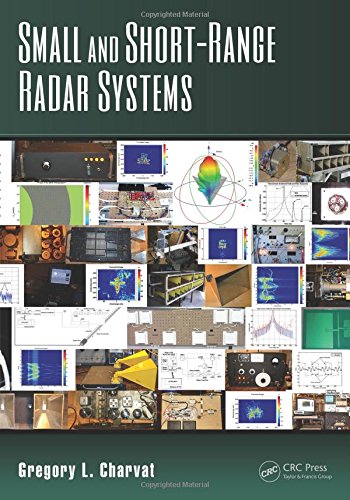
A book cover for Small and Short-Range Radar Systems (Modern and Practical Approaches to Electrical Engineering); Gregory L. Charvat; Engineering & Transportation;